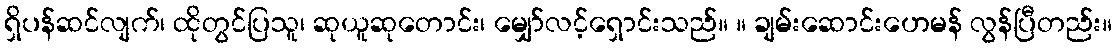
ရှိပန်ဆင်လျက်၊ ထိုတွင်ပြသူ၊ ဆုယူဆုတောင်း၊ မျှော်လင့်ရှောင်းသည်။ ။ ချမ်းဆောင်းဟေမန် လွန်ပြီတည်း။